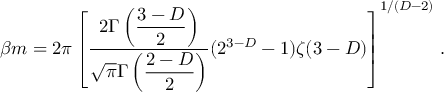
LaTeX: \beta m = 2 \pi \left[ \frac { 2 \Gamma \left( { \displaystyle { \frac { 3 - D } { 2 } } } \right) } { \sqrt { \pi } \Gamma \left( { \displaystyle { \frac { 2 - D } { 2 } } } \right) } ( 2 ^ { 3 - D } - 1 ) \zeta ( 3 - D ) \right] ^ { 1 / ( D - 2 ) } \, .